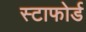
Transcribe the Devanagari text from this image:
स्टाफोर्ड